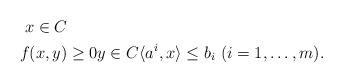
LaTeX: \begin{align*}& \ x \in C \\&f(x,y) \geq 0 y \in C \langle a^i, x \rangle \leq b_i \ (i = 1, \ldots, m). \end{align*}